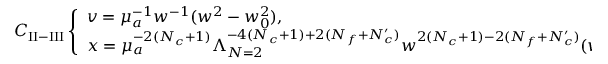
C _ { \mathrm { I I - I I I } } \left\{ \begin{array} { l } { { v = \mu _ { a } ^ { - 1 } w ^ { - 1 } ( w ^ { 2 } - w _ { 0 } ^ { 2 } ) , } } \\ { { x = \mu _ { a } ^ { - 2 ( N _ { c } + 1 ) } \Lambda _ { N = 2 } ^ { - 4 ( N _ { c } + 1 ) + 2 ( N _ { f } + N _ { c } ^ { \prime } ) } w ^ { 2 ( N _ { c } + 1 ) - 2 ( N _ { f } + N _ { c } ^ { \prime } ) } ( w ^ { 2 } - w _ { 0 } ^ { 2 } ) ^ { N _ { f } + N _ { c } ^ { \prime } } , } } \end{array} \right.